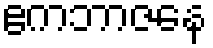
ဧကဘာဇနေ